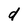
Character: d